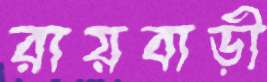
রায়বাড়ী